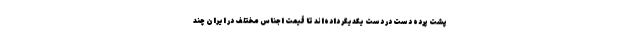
پشت پرده دست در دست یکدیگر داده‌اند تا قیمت اجناس مختلف در ایران چند